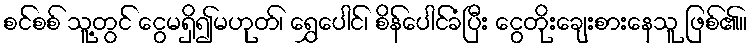
စင်စစ် သူ့တွင် ငွေမရှိ၍မဟုတ်၊ ရွှေပေါင်၊ စိန်ပေါင်ခံပြီး ငွေတိုးချေးစားနေသူ ဖြစ်၏။